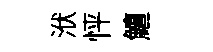
洑怦鱣